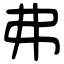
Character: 弗